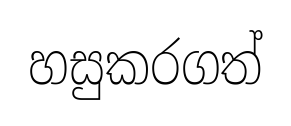
හසුකරගත්